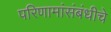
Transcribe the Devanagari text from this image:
परिणामांसंबंधीचे